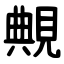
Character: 覥